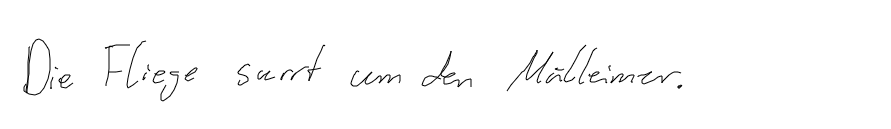
Die Fliege surrt um den Mülleimer.